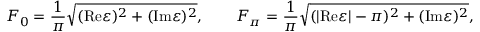
F _ { 0 } = \frac { 1 } { \pi } \sqrt { ( \mathrm { R e } \varepsilon ) ^ { 2 } + ( \mathrm { I m } \varepsilon ) ^ { 2 } } , \qquad F _ { \pi } = \frac { 1 } { \pi } \sqrt { ( | \mathrm { R e } \varepsilon | - \pi ) ^ { 2 } + ( \mathrm { I m } \varepsilon ) ^ { 2 } } ,